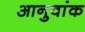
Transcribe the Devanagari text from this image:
आनुवांक